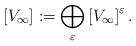
LaTeX: \begin{align*}\left[V_{\infty}\right]:=\bigoplus_{\varepsilon}\left[V_{\infty}\right]^{\varepsilon}.\end{align*}